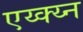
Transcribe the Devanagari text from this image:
एय्क्य्न